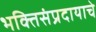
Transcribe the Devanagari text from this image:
भक्तिसंप्रदायाचे